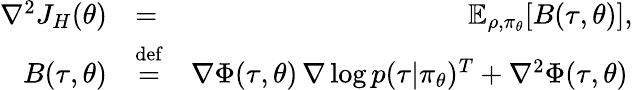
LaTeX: \begin{array}{rlr}{\nabla^{2}J_{H}(\theta)}&{=}&{\mathbb E_{\rho,\pi_{\theta}}[B(\tau,\theta)],}\\ {B(\tau,\theta)}&{\stackrel{\mathrm{def}}{=}}&{\nabla\Phi(\tau,\theta)\, \nabla\log p(\tau|\pi_{\theta})^{T}+\nabla^{2}\Phi(\tau,\theta)\, }\end{array}